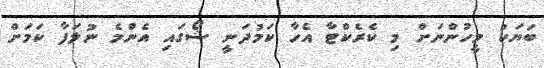
ބަޔަކު މީހުންނަށް މި ކެރެކްޓާ އެހާ ކަމުދަނީ ޝޯގައި އެންމެ ނުލަފާ ކަމަށް